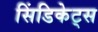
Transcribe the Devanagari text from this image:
सिंडिकेट्स